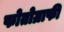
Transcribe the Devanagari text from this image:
फोतोग्राफी